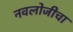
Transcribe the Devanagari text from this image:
नवलोजीचा